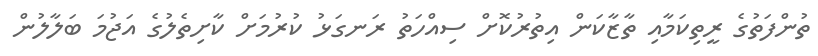
ތުންފަތުގެ ރީތިކަމާއި ތާޒާކަން އިތުރުކޮށް ސިއްހަތު ރަނގަޅު ކުރުމަށް ކާށިތެލުގެ އަޖުމަ ބަލާލުން